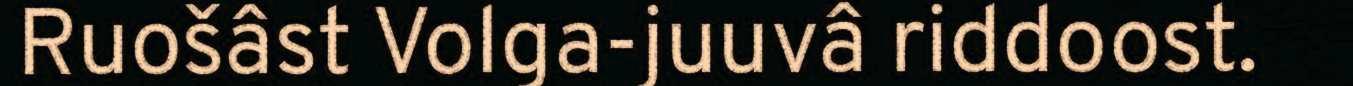
Ruošâst Volga-juuvâ riddoost.